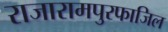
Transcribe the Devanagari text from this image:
राजारामपुरफाजिल